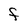
Character: F